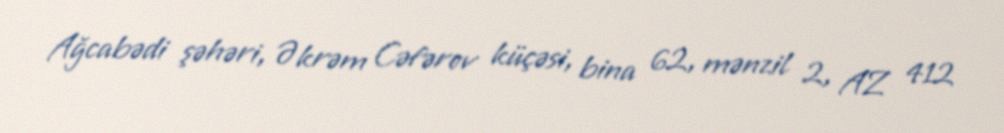
Ağcabədi şəhəri, Əkrəm Cəfərov küçəsi, bina 62, mənzil 2, AZ 412